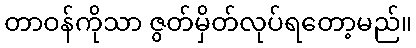
တာဝန်ကိုသာ ဇွတ်မှိတ်လုပ်ရတော့မည်။